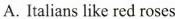
A. Italians like red roses